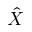
\hat { X }